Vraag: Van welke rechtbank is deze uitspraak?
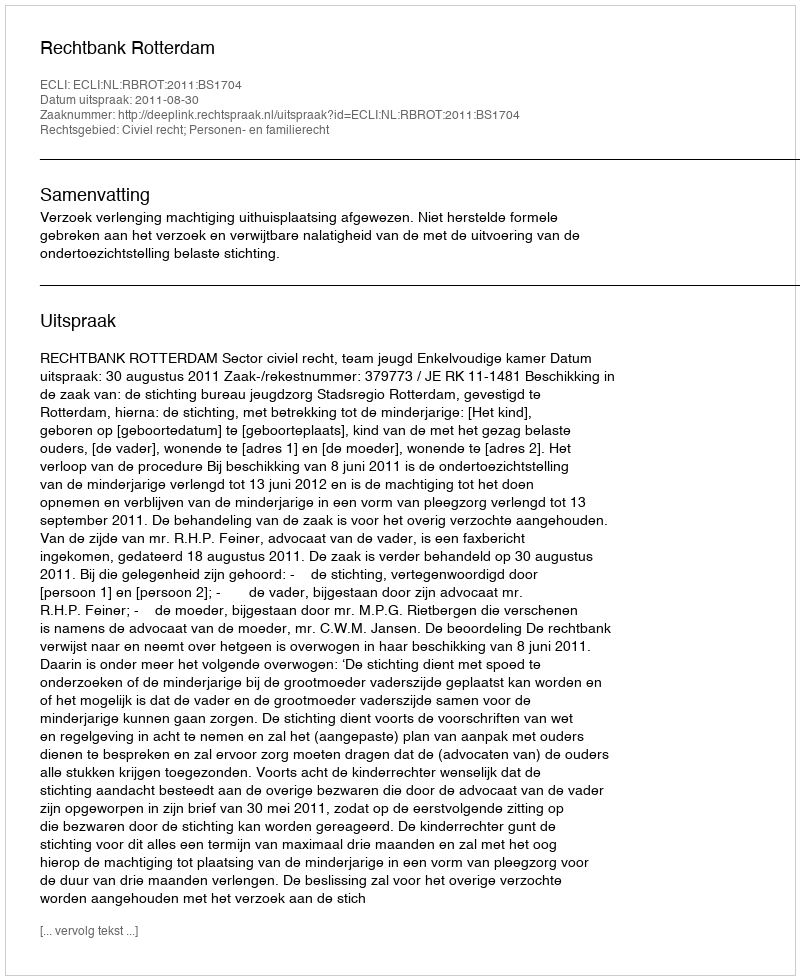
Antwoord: Rechtbank Rotterdam